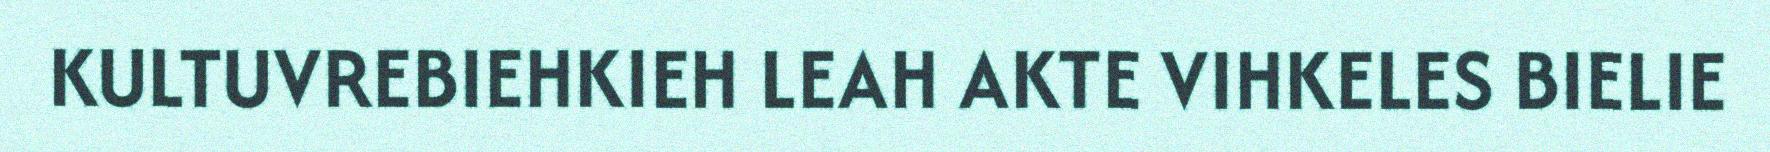
KULTUVREBIEHKIEH LEAH AKTE VIHKELES BIELIE